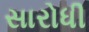
સારોધી